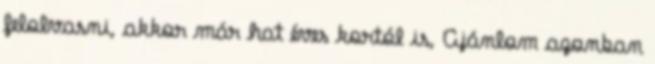
felolvasni, akkor már hat éves kortól is, Ajánlom azonban